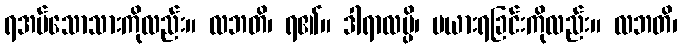
ရအပ်သောသားကိုလည်း။ လဘတိ၊ ရ၏။ ဒါရာလမ္ပိ၊ မယားရခြင်းကိုလည်း။ လဘတိ၊